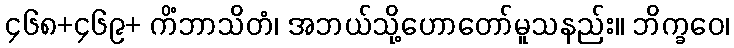
၄၆၈+၄၆၉+ ကိံဘာသိတံ၊ အဘယ်သို့ဟောတော်မူသနည်း။ ဘိက္ခဝေ၊